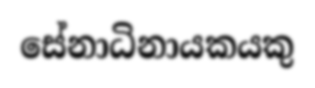
සේනාධිනායකයකු